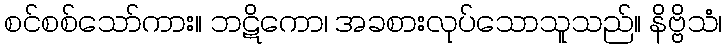
စင်စစ်သော်ကား။ ဘဋိကော၊ အခစားလုပ်သောသူသည်။ နိဗ္ဗိသံ၊